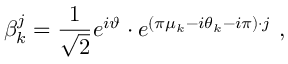
\beta _ { k } ^ { j } = { \frac { 1 } { \sqrt { 2 } } } e ^ { i \vartheta } \cdot e ^ { ( \pi \mu _ { k } - i \theta _ { k } - i \pi ) \cdot j } \ ,